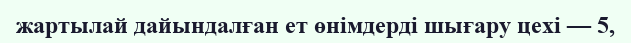
жартылай дайындалған ет өнімдерді шығару цехі — 5,